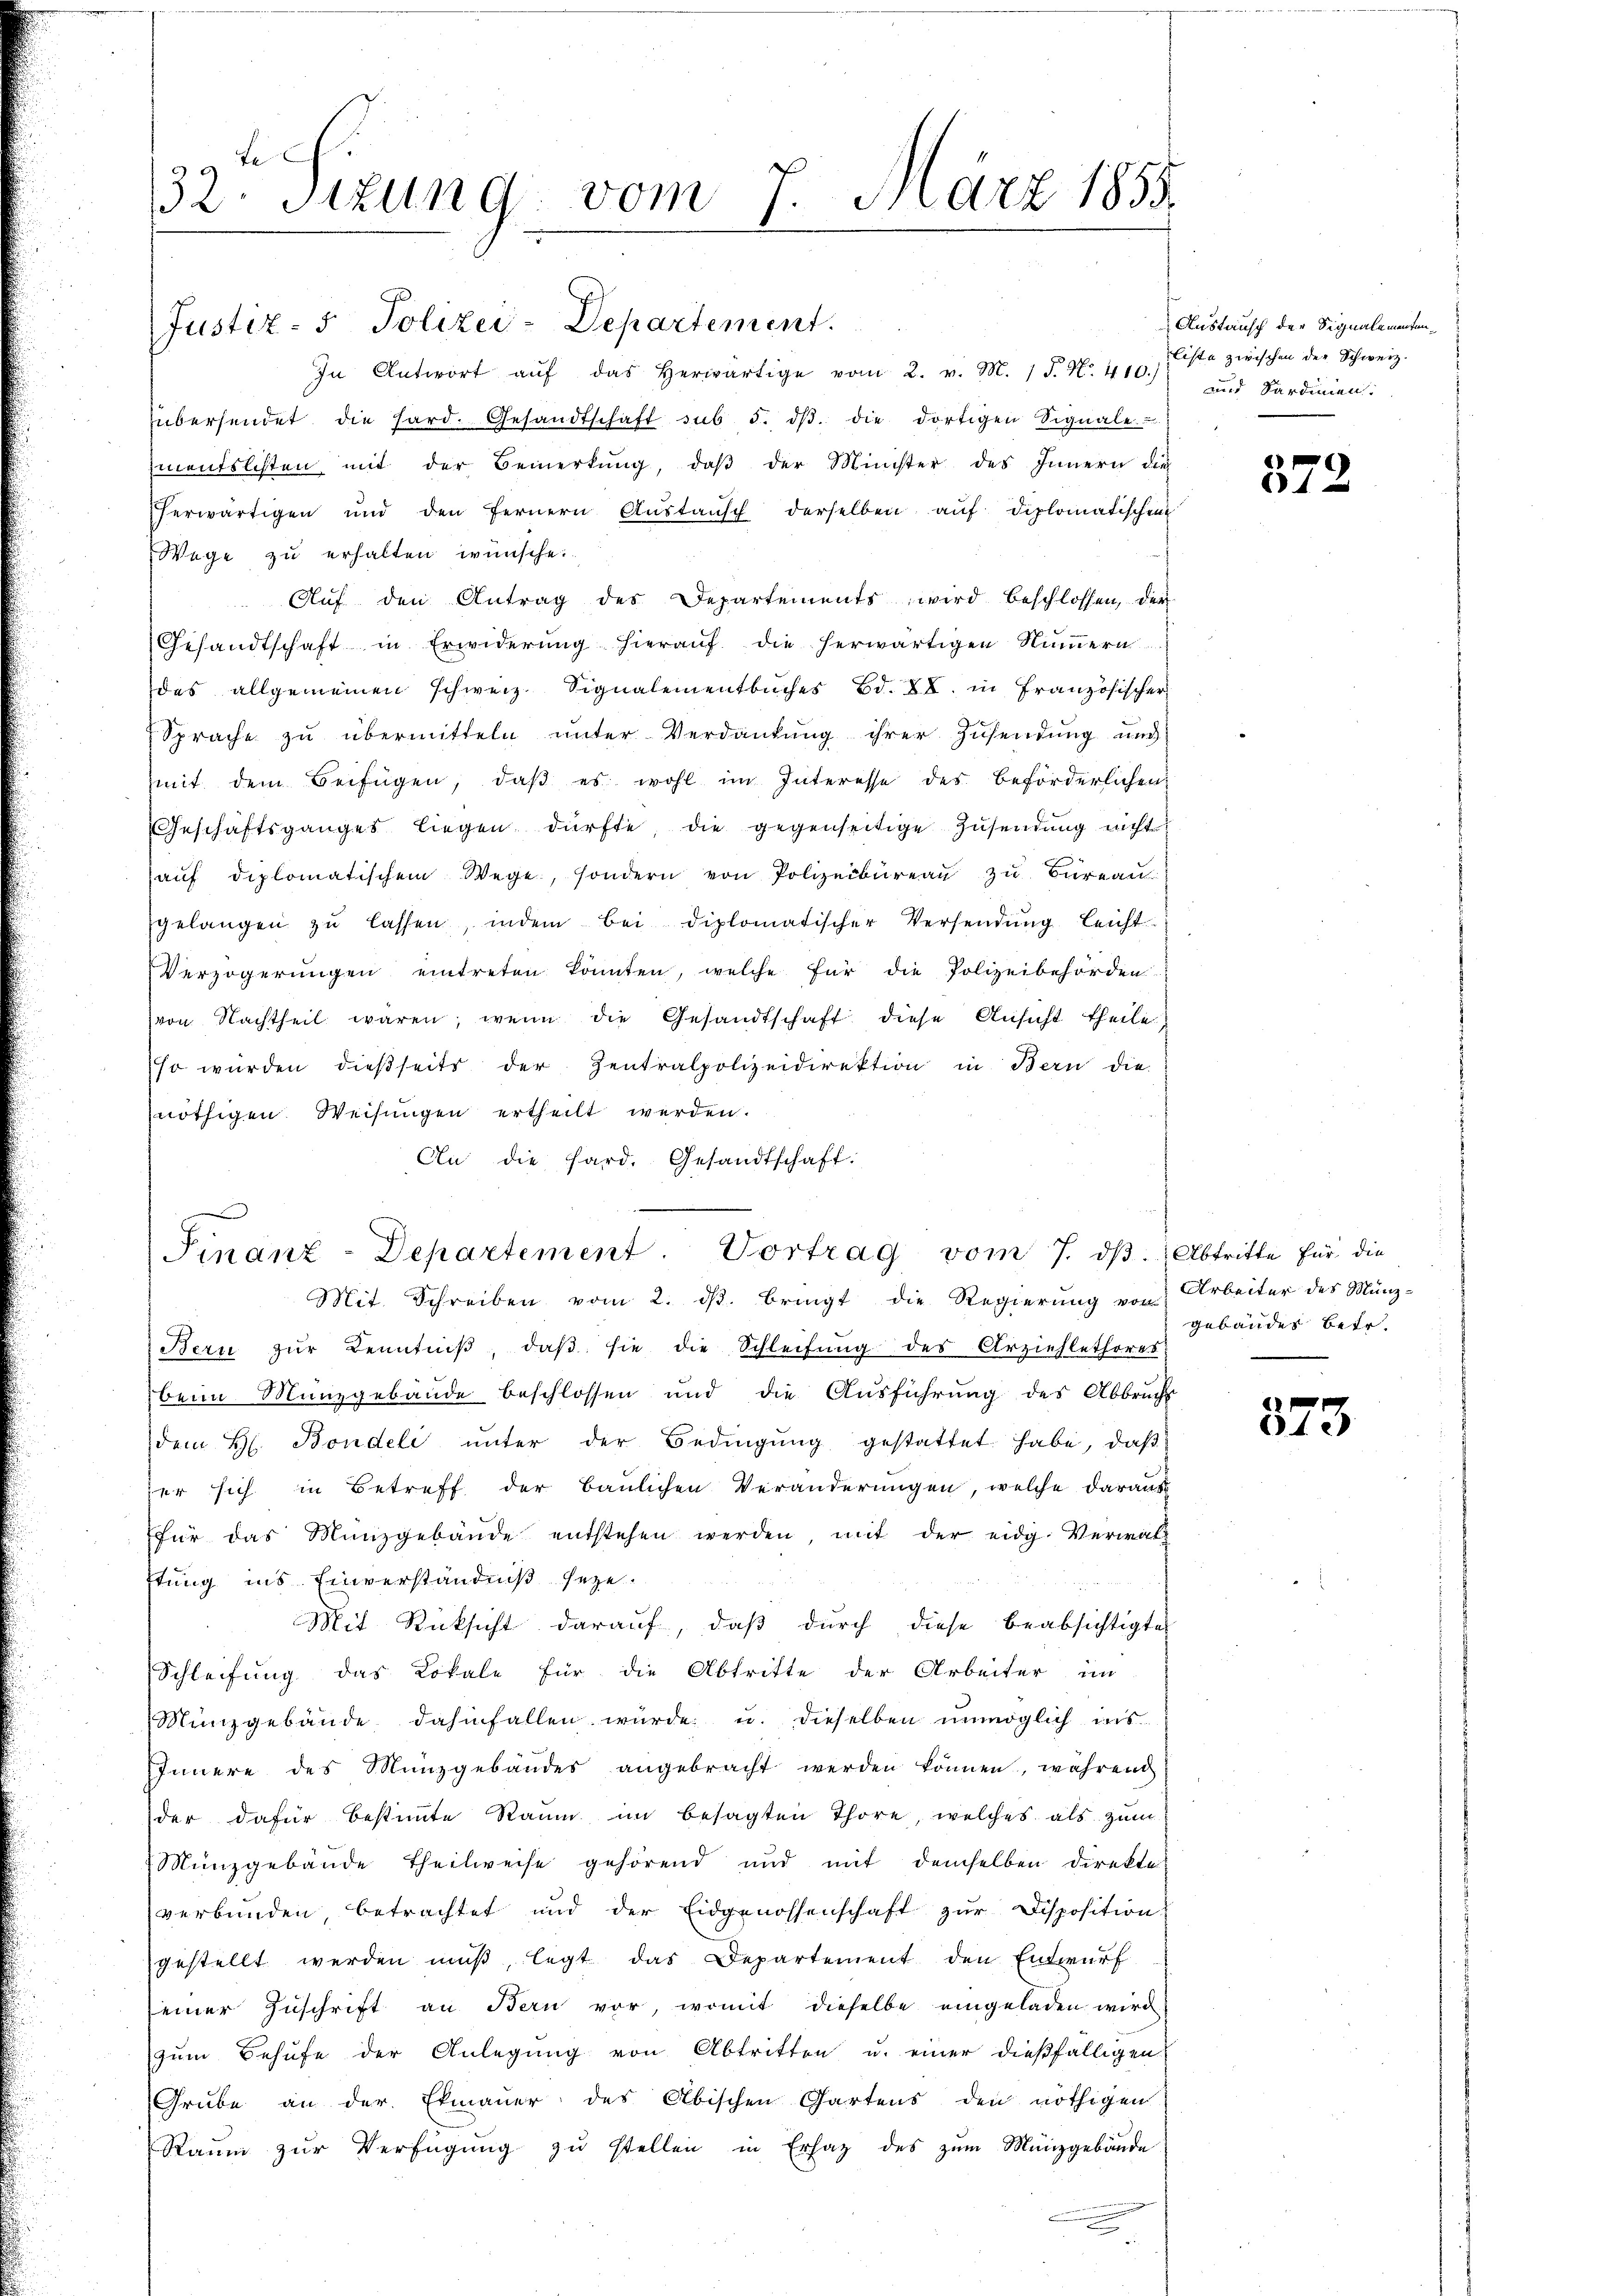
32 Sizung vom 7. März 1858.
.

In Antwort aŭf das herwärtige vom 2. v. M. 1 S. N. 410.)
übersendet die hard. Gesandtschaft sub 5. dβ. die dortigen Signale
mentslisten mit der Bemerkŭng, daβ der Minister des Innern die
herwärtigen und den fernern Aŭstaŭsch derselben auf diplomatischen
Wege zu erhalten wünsche.
Aŭf den Antrag des Departements wird beschlossen, der
Gesandtschaft in Erwiderŭng hieraŭf die herwärtigen Nŭṁern
des allgemeinen schweiz. Signalementbuches Bd. XV. in Französischer
Sprache zu übermitteln unter Verdankŭng ihrer Zusendung und
mit dem Beifügen, daβ es wohl im Interesse des beförderlichen
Geschäftsganges liegen dürfte, die gegenseitige Zŭsendŭng nicht
aŭf diplomatischem Wege, sondern von Polizeibüreaŭ zŭ Büreaŭ
gelangen zŭ lassen, indem bei diplomatischer Versendŭng leicht-
Verzögerŭngen eintreten könnten, welche für die Polizeibehörden.
von Nachtheil wären, wenn die Gesandtschaft diese Ansicht theile
so würden dießseits der Zentralpolizeidirektion in Bern die-
nöthigen Weisungen ertheilt werden.
An die Hard. Gesandtschaft.
Bern zŭr Benntniβ, daβ sie die Schleifŭng des Erziehlethores
beim Münzgebäude beschlossen und die Ausführung des Abbruchs
dem H. Bondeli ŭnter der Bedingŭng gestattet habe, daß
er sich in Betreff der Baulichen Veränderungen, welche darauf
für das Münzgebäŭde entstehen werden, mit der eidg. Verwal-
ftung ins Einverständniß seye.
Mit Rücksicht darauf, daß durch diese beabsichtigte
Schleifung das Lokale für die Abtritte der Arbeiter im
Münzgebäude dahinfallen würde u. dieselben unmöglich ins
Innere des Münzgebäudes angebracht werden können, während
der dafür bestimmte Raum im besagten Thöre, welches als zum
 Münzgebäŭde Theilweise gehörend und mit demselben direkte
verbunden, betrachtet und der Eidgenossenschaft zur Disposition
gestellt werden muß, legt das Departement den Entwurf
einer Zuschrift an Bern vor, womit dieselbe eingeladen wird
zum Behufe der Anlegung von Abtritten u. einer dießfälligen
Grube an der Etmauer des Abischen Gartens den nöthigen
Raŭm zŭr Verfügŭng zŭ stellen in Ersatz des zŭm Münzgebäude

Justiz- & Polizei-Departement.

Finanz-Departement. Vortrag vom 7. dβ. Abtritte für die
Mit Schreiben vom 2. ds. bringt die Regierung von

Austausch der Signalementenliste zwischen der Schweiz.
und Sardinien.

372

Arbeiter des Münz-
gebäudes betr.

1
42